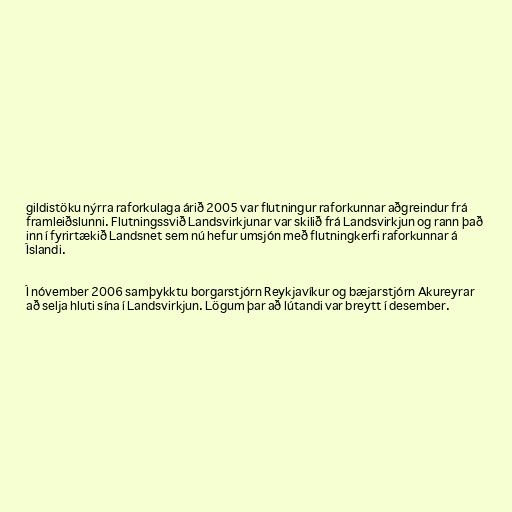
gildistöku nýrra raforkulaga árið 2005 var flutningur raforkunnar aðgreindur frá
framleiðslunni. Flutningssvið Landsvirkjunar var skilið frá Landsvirkjun og rann það
inn í fyrirtækið Landsnet sem nú hefur umsjón með flutningkerfi raforkunnar á
Íslandi.

Í nóvember 2006 samþykktu borgarstjórn Reykjavíkur og bæjarstjórn Akureyrar
að selja hluti sína í Landsvirkjun. Lögum þar að lútandi var breytt í desember.